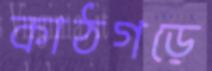
কাঠগড়ে